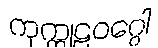
ကုက္ကုဠဝဂ္ဂေါ